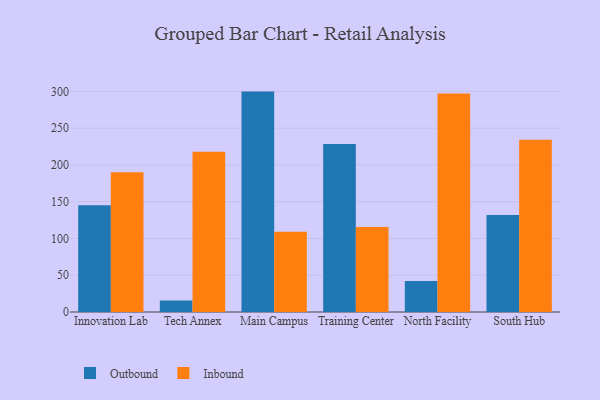
{"axis": {"x": "Campus", "y": "Latency (ms)"}, "legend": ["Inbound", "Outbound"], "data": [{"x": "Innovation Lab", "y": 145.1, "type": "Outbound"}, {"x": "Innovation Lab", "y": 190.2, "type": "Inbound"}, {"x": "Tech Annex", "y": 15.7, "type": "Outbound"}, {"x": "Tech Annex", "y": 218.1, "type": "Inbound"}, {"x": "Main Campus", "y": 299.8, "type": "Outbound"}, {"x": "Main Campus", "y": 109.2, "type": "Inbound"}, {"x": "Training Center", "y": 228.5, "type": "Outbound"}, {"x": "Training Center", "y": 115.7, "type": "Inbound"}, {"x": "North Facility", "y": 42.1, "type": "Outbound"}, {"x": "North Facility", "y": 297.2, "type": "Inbound"}, {"x": "South Hub", "y": 132.0, "type": "Outbound"}, {"x": "South Hub", "y": 234.3, "type": "Inbound"}]}